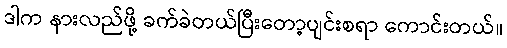
ဒါက နားလည်ဖို့ ခက်ခဲတယ်ပြီးတော့ပျင်းစရာ ကောင်းတယ်။